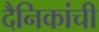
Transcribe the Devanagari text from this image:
दैनिकांची